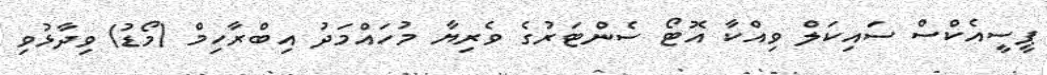
ޕީސީއެކްސް ސައިކަލް ވިއްކާ އޮޓޯ ސެންޓަރުގެ ވެރިޔާ މުހައްމަދު އިބްރާހިމް (މޯޑު) ވިދާޅުވި